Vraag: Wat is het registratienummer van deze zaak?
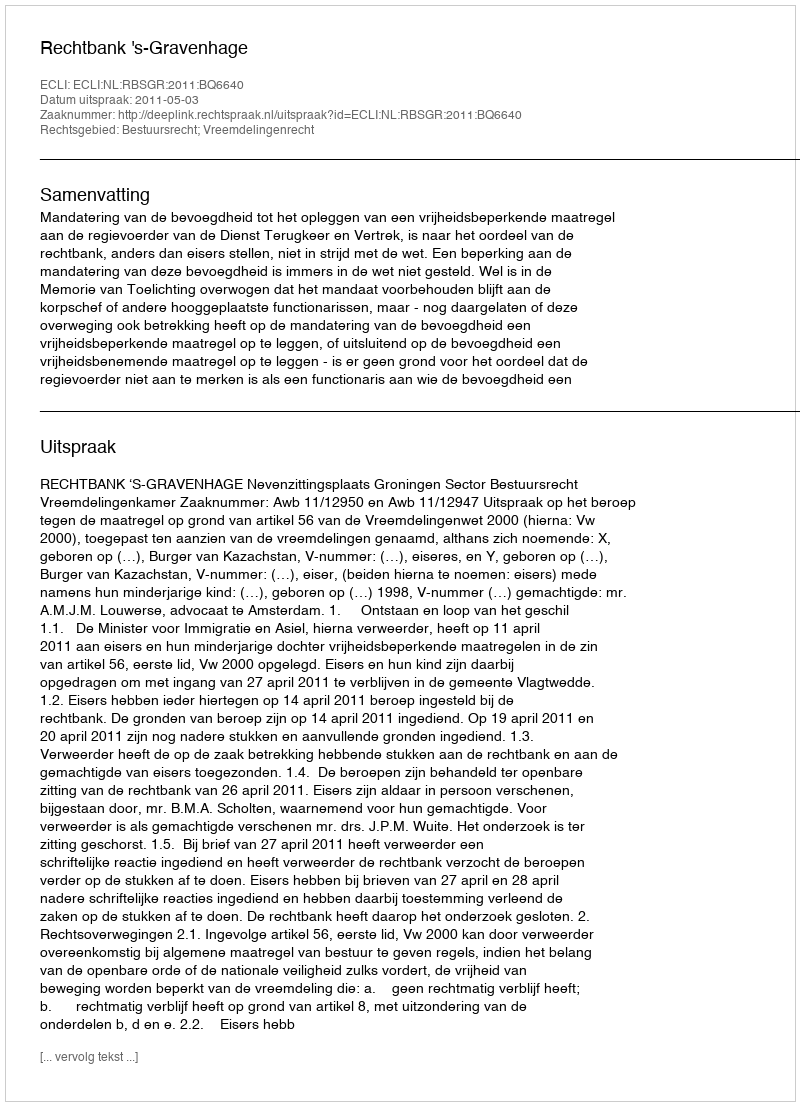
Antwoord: http://deeplink.rechtspraak.nl/uitspraak?id=ECLI:NL:RBSGR:2011:BQ6640